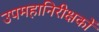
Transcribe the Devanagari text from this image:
उपमहानिरीक्षकों